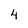
Character: 4